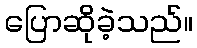
ပြောဆိုခဲ့သည်။